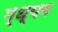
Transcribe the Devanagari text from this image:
म्ध्यम